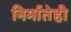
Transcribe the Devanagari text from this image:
निर्मातेही